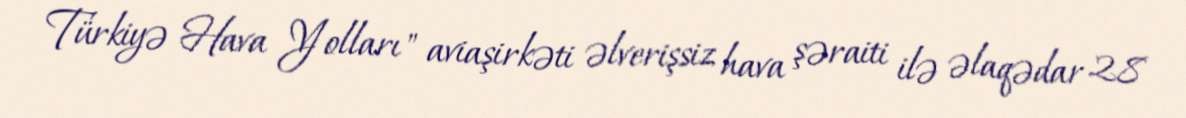
Türkiyə Hava Yolları" aviaşirkəti əlverişsiz hava şəraiti ilə əlaqədar 28